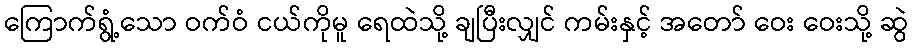
ကြောက်ရွံ့သော ဝက်ဝံ ငယ်ကိုမူ ရေထဲသို့ ချပြီးလျှင် ကမ်းနှင့် အတော် ဝေး ဝေးသို့ ဆွဲ